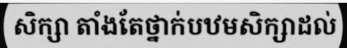
សិក្សា តាំងតែថ្នាក់បឋមសិក្សាដល់